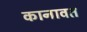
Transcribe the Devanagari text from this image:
कानावत